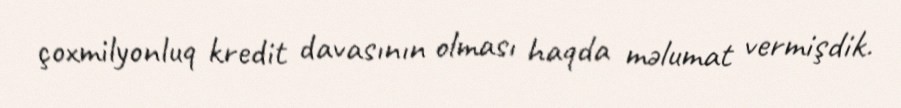
çoxmilyonluq kredit davasının olması haqda məlumat vermişdik.